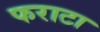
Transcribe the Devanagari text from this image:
फराटा